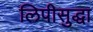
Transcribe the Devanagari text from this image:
लिपीसुद्धा